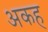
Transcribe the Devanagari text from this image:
अकह